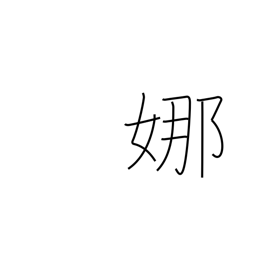
Meaning: graceful